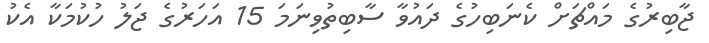
ޖާބިރުގެ މައްޗަށް ކެނަބިހުގެ ދައުވާ ސާބިތުވިނަމަ 15 އަހަރުގެ ޖަލު ހުކުމަކާ އެކު